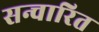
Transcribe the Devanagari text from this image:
सन्चारित